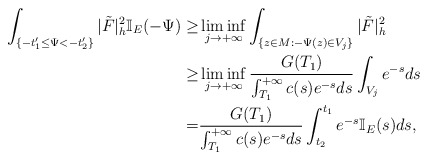
\begin{align*}\int_{\{-t'_1\le\Psi<-t'_2\}}|\tilde{F}|^2_h\mathbb{I}_E(-\Psi)\ge&\liminf_{j\to+\infty}\int_{\{z\in M:-\Psi(z)\in V_j\}}|\tilde{F}|^2_h\\\ge&\liminf_{j\to+\infty}\frac{G(T_1)}{\int_{T_1}^{+\infty}c(s)e^{-s}ds}\int_{V_j}e^{-s}ds\\=&\frac{G(T_1)}{\int_{T_1}^{+\infty}c(s)e^{-s}ds}\int_{t_2}^{t_1}e^{-s}\mathbb{I}_E(s)ds,\end{align*}